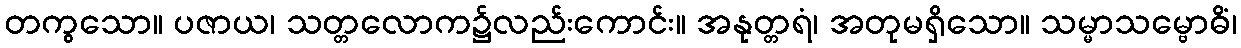
တကွသော။ ပဇာယ၊ သတ္တလောက၌လည်းကောင်း။ အနုတ္တရံ၊ အတုမရှိသော။ သမ္မာသမ္ဗောဓိံ၊